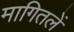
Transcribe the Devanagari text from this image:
मागितलें